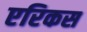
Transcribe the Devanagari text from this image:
एरिकस